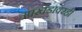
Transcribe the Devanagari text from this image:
उपखंडावरही